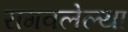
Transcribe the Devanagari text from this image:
रागवलेल्या